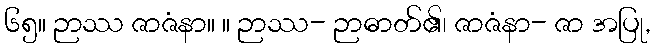
၆၅။ ဉာဿ ဇာဇံနာ။ ။ ဉာဿ- ဉာဓာတ်၏၊ ဇာဇံနာ- ဇာ အပြု,